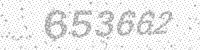
Solution: 653662